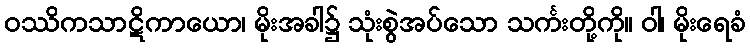
ဝဿိကသာဋိကာယော၊ မိုးအခါ၌ သုံးစွဲအပ်သော သင်္ကးတို့ကို။ ဝါ၊ မိုးရေခံ